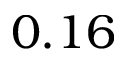
0 . 1 6